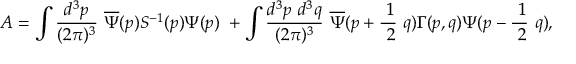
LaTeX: A = \int \frac { d ^ { 3 } p } { ( 2 \pi ) ^ { 3 } } \ \overline { { { \Psi } } } ( p ) S ^ { - 1 } ( p ) \Psi ( p ) \ + \int \frac { d ^ { 3 } p \ d ^ { 3 } q } { ( 2 \pi ) ^ { 3 } } \ \overline { { { \Psi } } } ( p + \frac { \ 1 } { \ 2 } \ q ) \Gamma ( p , q ) \Psi ( p - \frac { \ 1 } { \ 2 } \ q ) ,